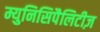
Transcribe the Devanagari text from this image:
म्युनिसिपैलिटीज़